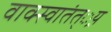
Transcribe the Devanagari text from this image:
वाक्स्वातंत््रय